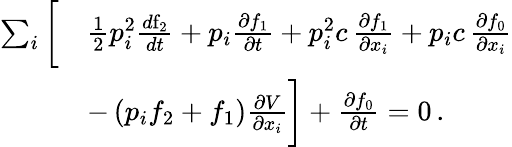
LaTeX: \begin{array}{rl}{\sum_{i}\bigg[}&{\frac{1}{2}p_{i}^{2}\frac{d\mathrm f_{2}}{dt}+p_{i}\frac{\partial f_{1}}{\partial t}+p_{i}^{2}c\, \frac{\partial f_{1}}{\partial x_{i}}+p_{i}c\, \frac{\partial f_{0}}{\partial x_{i}}}\\ &{-\left(p_{i}f_{2}+f_{1}\right)\frac{\partial V}{\partial x_{i}}\bigg]+\frac{\partial f_{0}}{\partial t}=0\, .}\end{array}